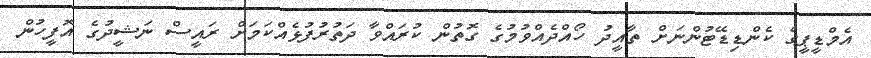
އެމްޑީޕީގެ ކެންޑިޑޭޓުންނަށް ތާއީދު ހޯއްދެއްވުމުގެ ގޮތުން ކުރައްވާ ދަތުރުފުޅެއްކަމަށް ރައީސް ނަޝީދުގެ އޮފީހުން